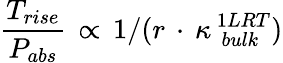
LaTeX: \frac{T_{rise}}{P_{abs}}\, \propto\, 1/(r\, \cdot\, \kappa_{\, \, bulk}^{\, 1LRT})